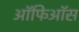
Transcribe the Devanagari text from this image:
ऑफिऑस